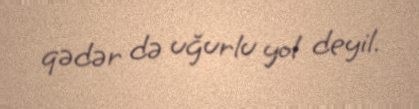
qədər də uğurlu yol deyil.